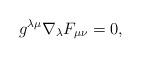
LaTeX: \begin{align*}g^{\lambda\mu}\nabla_\lambda F_{\mu \nu}=0,\end{align*}